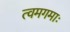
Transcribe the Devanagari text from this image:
त्वमगमाः